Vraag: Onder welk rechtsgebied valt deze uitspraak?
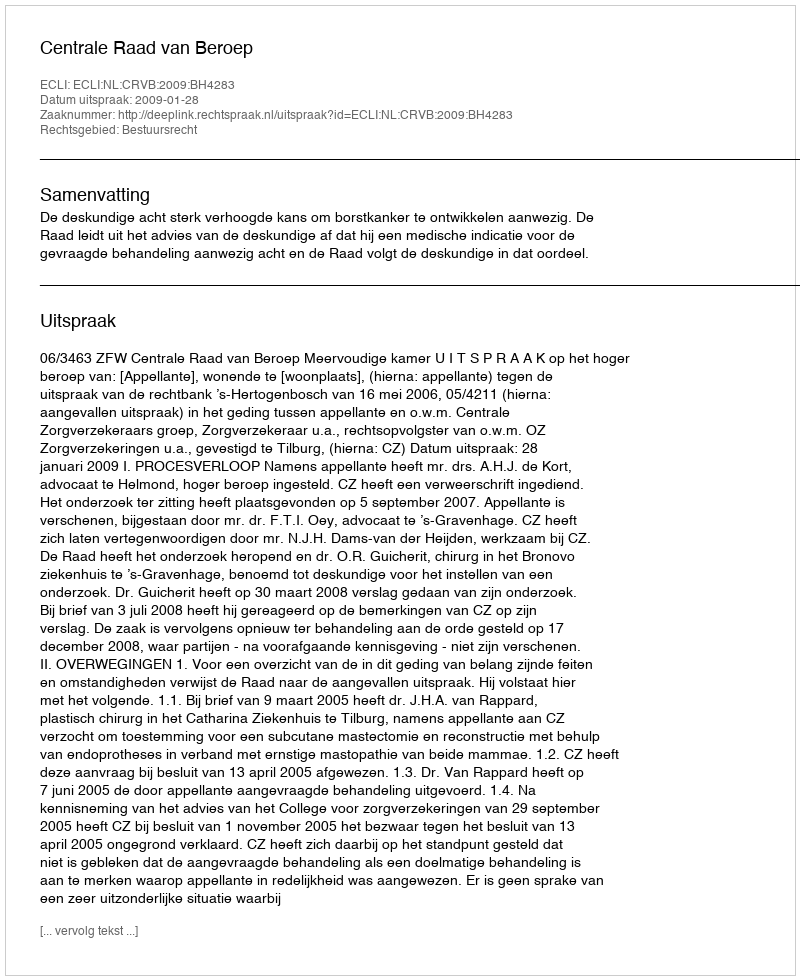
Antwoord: Bestuursrecht